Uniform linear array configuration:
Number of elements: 48
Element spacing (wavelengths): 1
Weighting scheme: kaiser
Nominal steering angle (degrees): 45
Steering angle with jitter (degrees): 45.107
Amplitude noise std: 0.05
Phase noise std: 0.05

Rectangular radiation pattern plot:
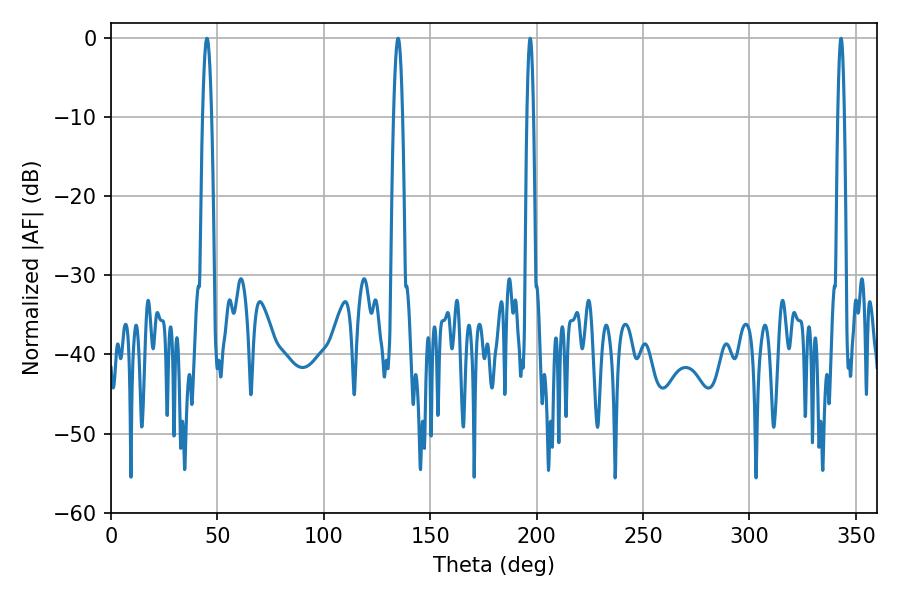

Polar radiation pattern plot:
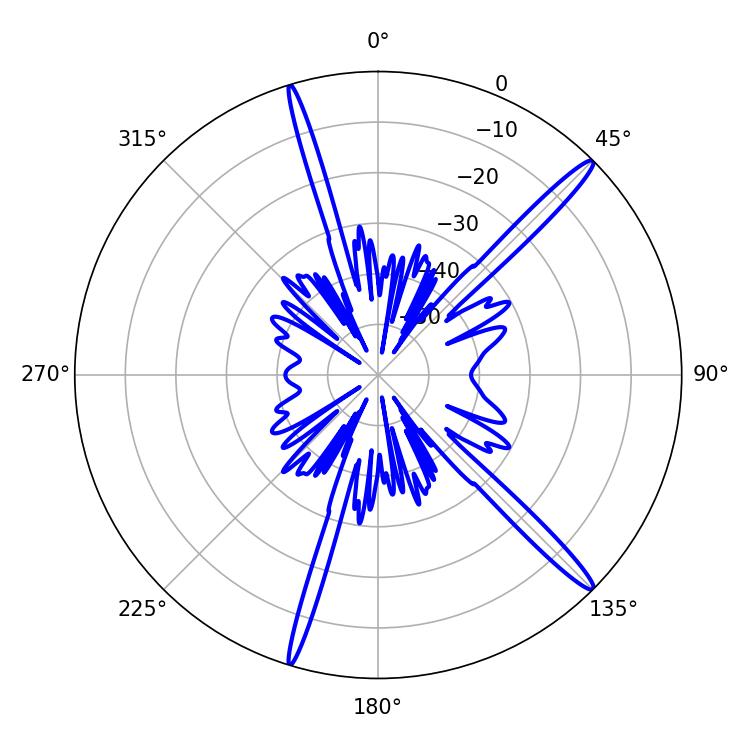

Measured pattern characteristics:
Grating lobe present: TRUE
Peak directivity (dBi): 16.555
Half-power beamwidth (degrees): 1.62
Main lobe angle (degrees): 196.92